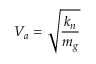
V _ { a } = \sqrt { \frac { k _ { n } } { m _ { g } } }